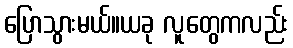
ပြောသွားမယ်။ယခု လူတွေကလည်း